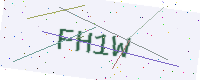
Text: FH1W